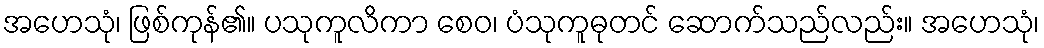
အဟေသုံ၊ ဖြစ်ကုန်၏။ ပသုကူလိကာ စေဝ၊ ပံသုကူဓုတင် ဆောက်သည်လည်း။ အဟေသုံ၊